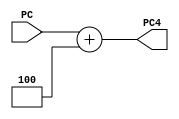
`timescale 1ns / 1ps
//////////////////////////////////////////////////////////////////////////////////
// Company: 
// Engineer: 
// 
// Design Name: 
// Module Name:    ADD4 
// Project Name: 
// Target Devices: 
// Tool versions: 
// Description: 
//
// Dependencies: 
//
// Revision: 
// Revision 0.01 - File Created
// Additional Comments: 
//
//////////////////////////////////////////////////////////////////////////////////
`default_nettype none
module ADD4(
	input wire [31:0] PC,
	output wire [31:0] PC4
    );
	assign PC4 = PC + 32'd4;

endmodule